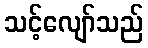
သင့်လျော်သည်